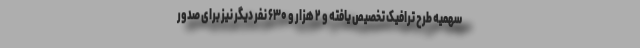
سهمیه طرح ترافیک تخصیص یافته و ۲ هزار و ۶۳۰ نفر دیگر نیز برای صدور